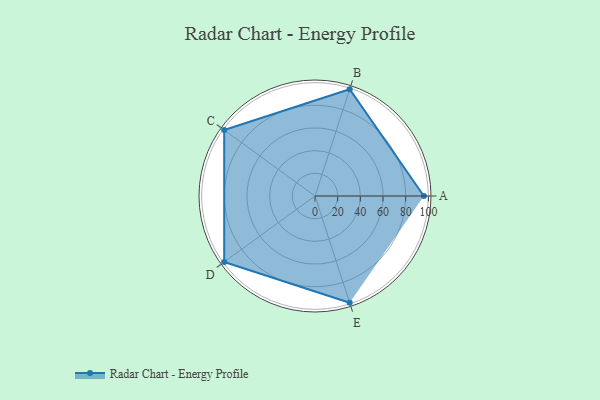
{"axis": {"x": "Skill", "y": "Score"}, "legend": ["Profile"], "data": [{"x": "A", "y": 96.0, "type": "Profile"}, {"x": "B", "y": 99, "type": "Profile"}, {"x": "C", "y": 99, "type": "Profile"}, {"x": "D", "y": 99, "type": "Profile"}, {"x": "E", "y": 99, "type": "Profile"}]}